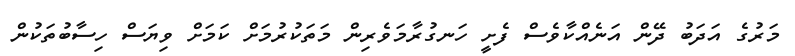
މަރުގެ އަދަބު ދޭން އަނެއްކާވެސް ފެށީ ހަނގުރާމަވެރިން މަތަކުރުމަށް ކަމަށް ވިޔަސް ހިސާބުތަކުން